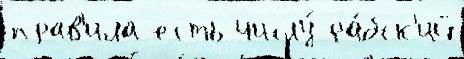
прав'ила есть числу́ ра́бск'ий